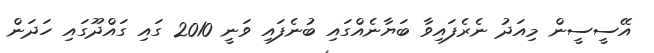
އޭސީސީން މިއަދު ނެރެފައިވާ ބަޔާނެއްގައި ބުނެފައި ވަނީ 2010 ގައި ގައްދޫގައި ހަދަން